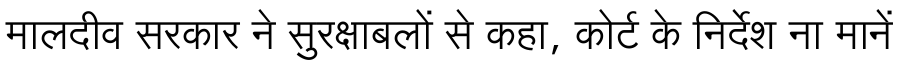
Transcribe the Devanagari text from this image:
मालदीव सरकार ने सुरक्षाबलों से कहा, कोर्ट के निर्देश ना मानें